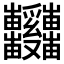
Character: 𱱆